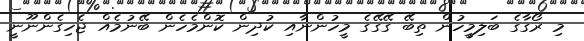
މި ރޯގާގެ ބަލިމީހުން ތިބޭ ގޭގޭގެ މީހުންނާއި ކުދިން ކޮންމެހެން ބޭނުމެއް ޖެހިގެންނޫނީ